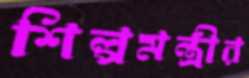
শিল্পমন্ত্রীর